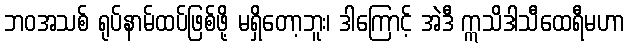
ဘဝအသစ် ရုပ်နာမ်ထပ်ဖြစ်ဖို့ မရှိတော့ဘူး၊ ဒါကြောင့် အဲဒီ ဣသိဒါသီထေရီမဟာ